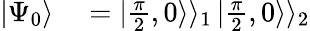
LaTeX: \begin{array}{rl}{|\Psi_{0}\rangle}&{{}=\left.|\frac{\pi}{2},0\rangle\rangle_{1}\right.\left.|\frac{\pi}{2},0\rangle\rangle_{2}\right.}\end{array}